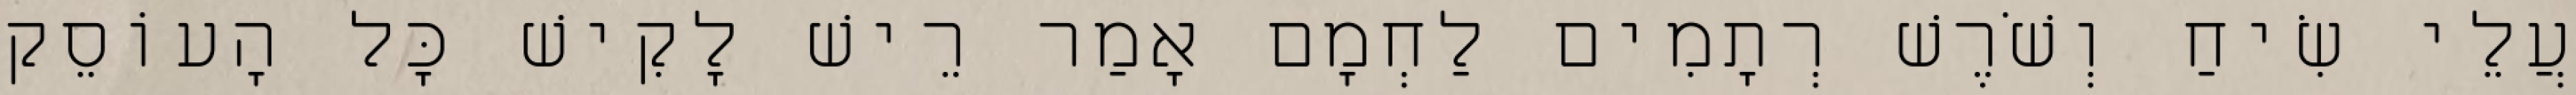
עֲלֵי שִׂיחַ וְשֹׁרֶשׁ רְתָמִים לַחְמָם אָמַר רֵישׁ לָקִישׁ כׇּל הָעוֹסֵק